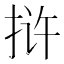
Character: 𰓤